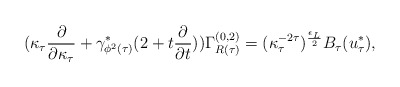
\begin{align*}(\kappa_{\tau} \frac{\partial}{\partial \kappa_{\tau}} + \gamma_{\phi^2 (\tau)}^{*} (2 + t\frac {\partial}{\partial t})) \Gamma_{R (\tau)}^{(0,2)} = (\kappa_{\tau}^{-2 \tau})^{\frac{\epsilon_{L}}{2}} B_{\tau}(u_{\tau}^{*}) ,\end{align*}